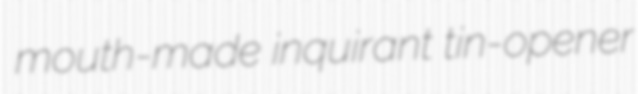
mouth-made inquirant tin-opener